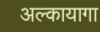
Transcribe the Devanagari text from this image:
अल्कायागा